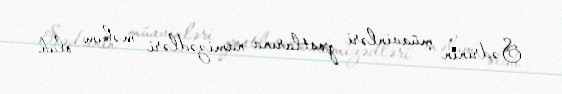
Sədrinin müavinləri postlarına namizədləri məlum olub.